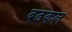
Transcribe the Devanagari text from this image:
बढकल